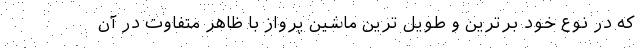
که در نوع خود برترین و طویل ترین ماشین پرواز با ظاهر متفاوت در آن